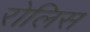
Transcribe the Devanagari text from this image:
रोलिस